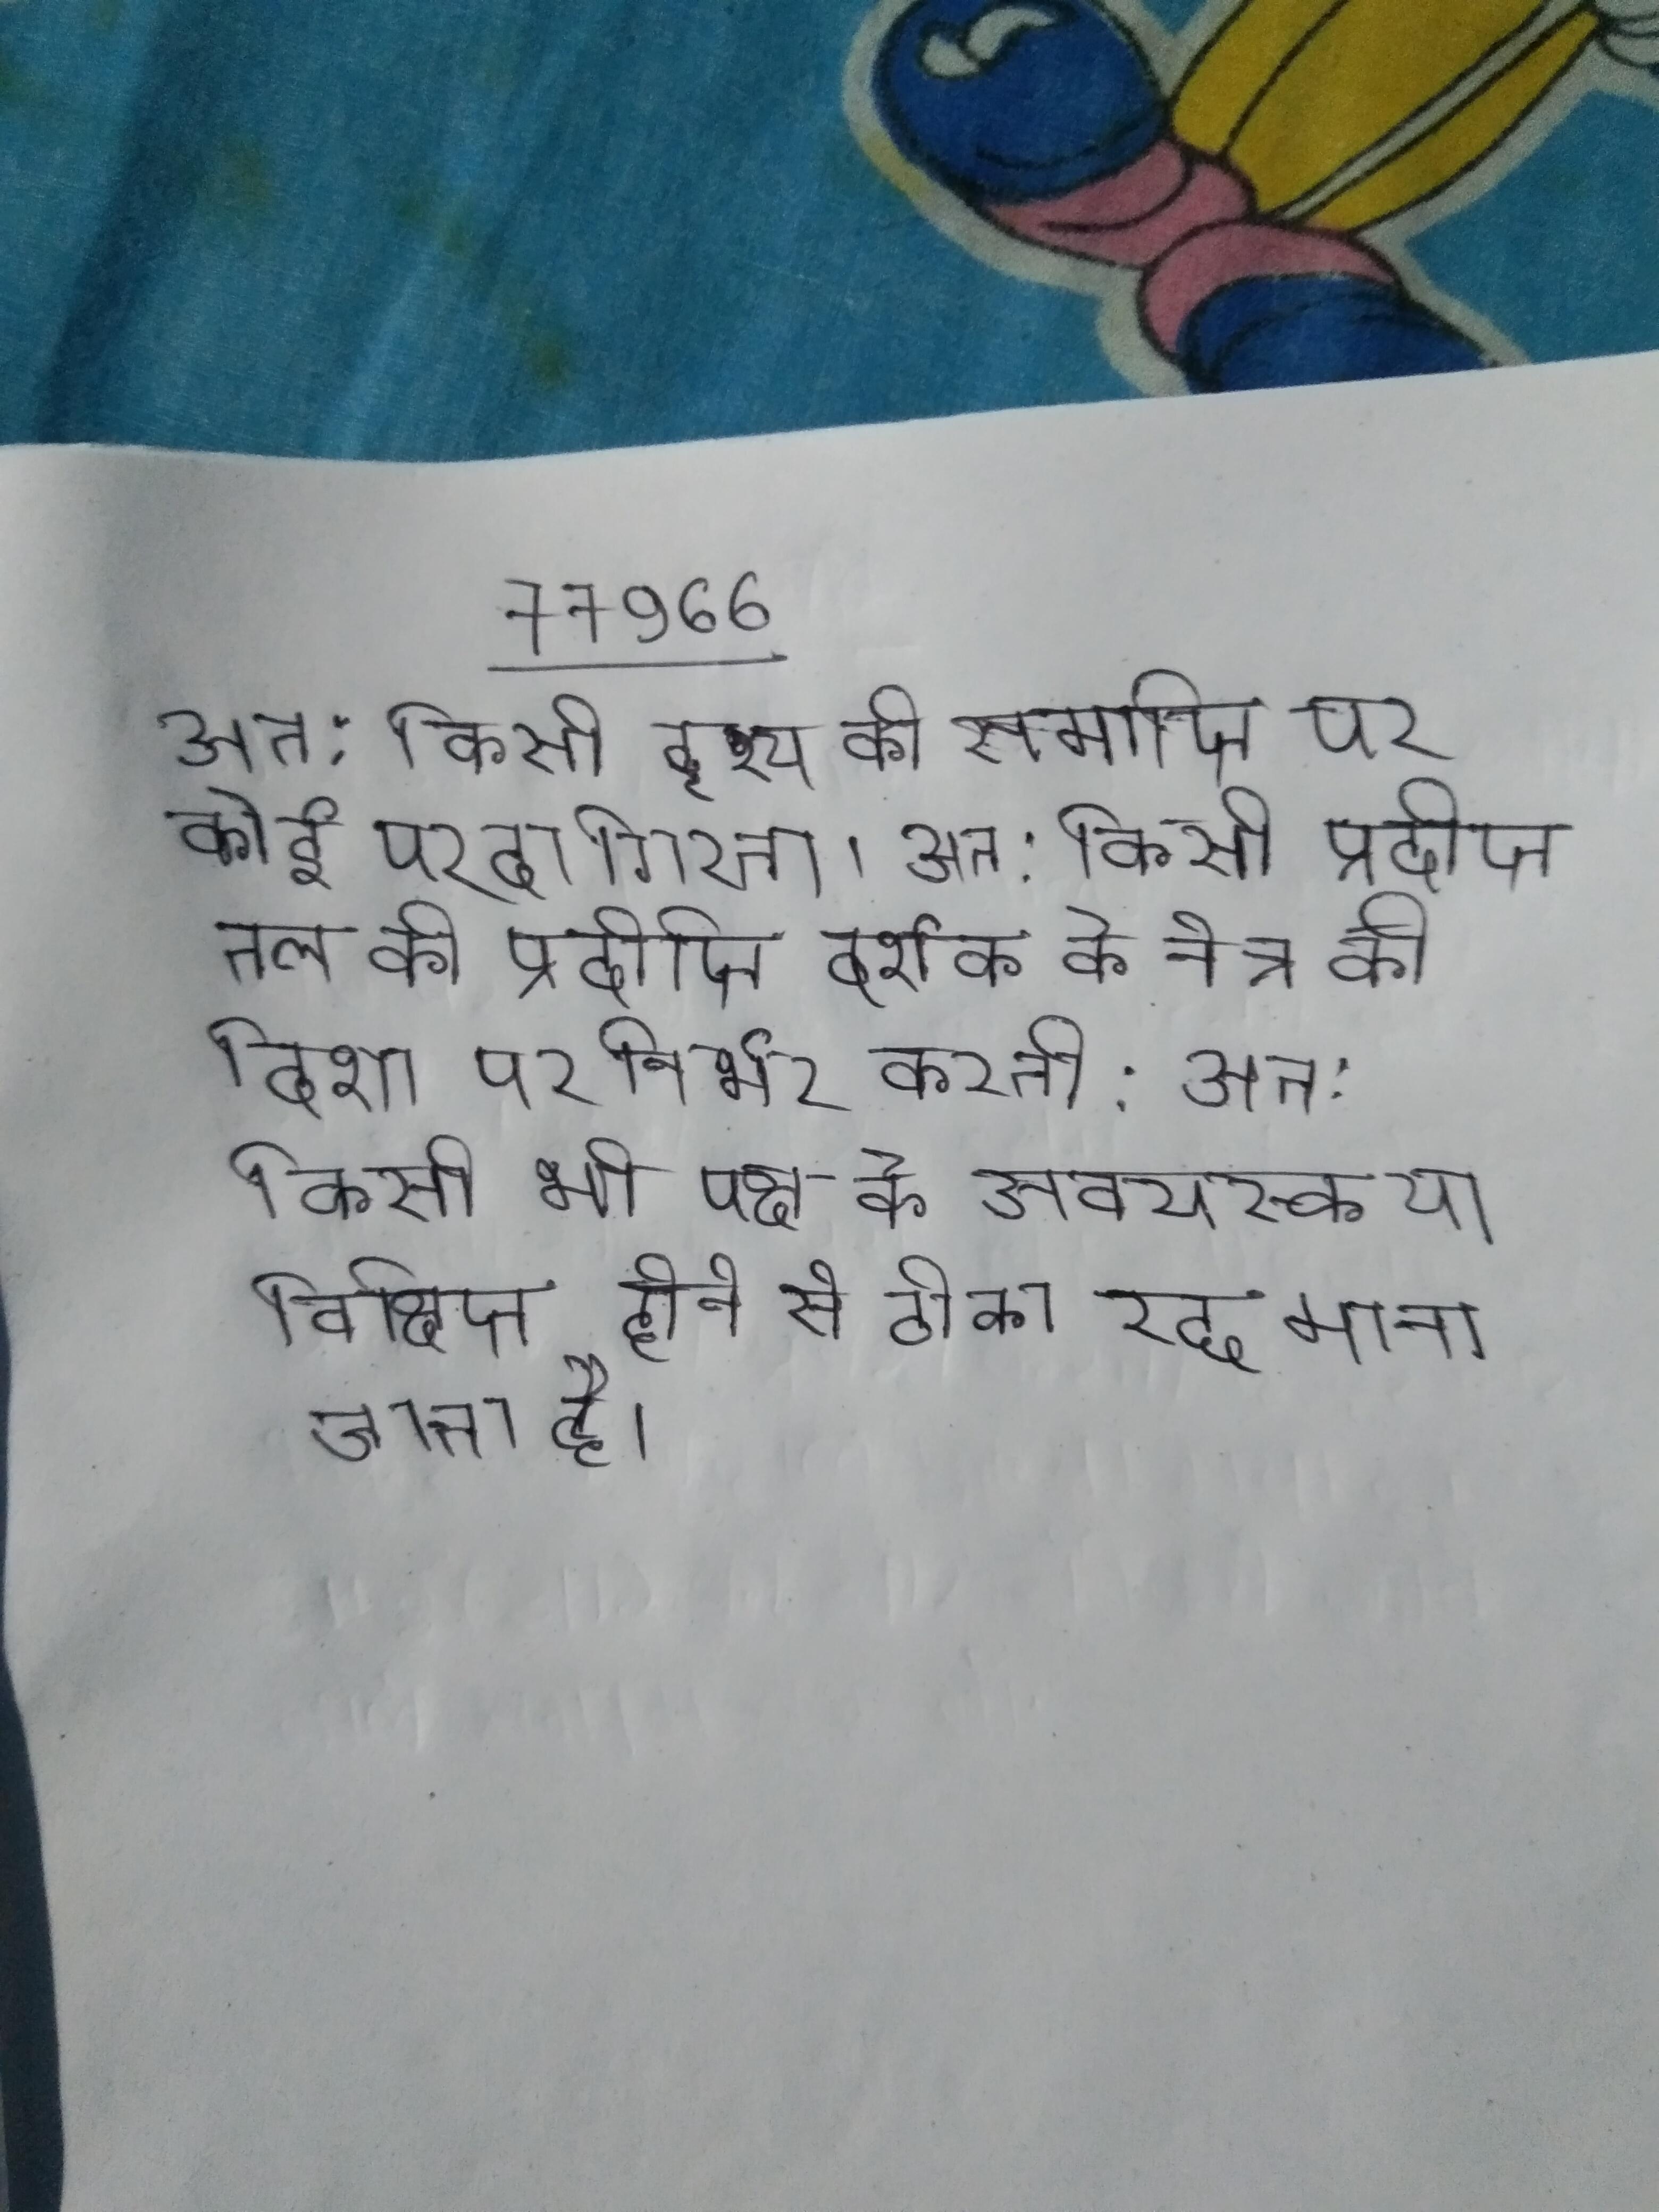
अत: किसी दृश्य की समाप्ति पर कोई परदा गिरता । अत: किसी प्रदीप्त तल की प्रदीप्ति दर्शक के नेत्र की दिशा पर निर्भर करती । अत: किसी भी पक्ष के अवयस्क या विक्षिप्त होने से ठीका रद्द माना जाता है ।